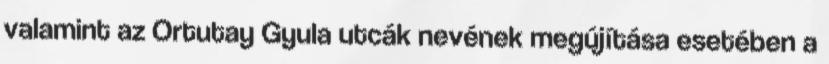
valamint az Ortutay Gyula utcák nevének megújítása esetében a